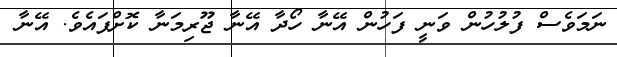
ނަމަވެސް ފުލުހުން ވަނީ ފަހުން އޭނާ ހޯދާ އޭނާ ޖޫރިމަނާ ކޮށްފައެވެ. އޭނާ